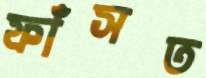
ফাঁসত